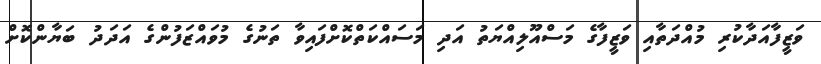
ވަޒީފާއަދާކުރި މުއްދަތާއި ވަޒީފާގެ މަސްއޫލިއްޔަތު އަދި މަސައްކަތްކޮށްފައިވާ ތަނުގެ މުވައްޒަފުންގެ އަދަދު ބަޔާންކޮށް